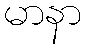
မာနာ